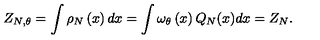
Z _ { N , \theta } = \int \rho _ { N } \left( x \right) d x = \int \omega _ { \theta } \left( x \right) Q _ { N } ( x ) d x = Z _ { N } .